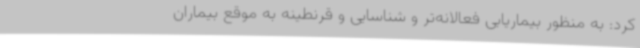
کرد: به منظور بیماریابی فعالانه‌تر و شناسایی و قرنطینه به موقع بیماران